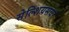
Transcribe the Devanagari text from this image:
सेल्शियसवर